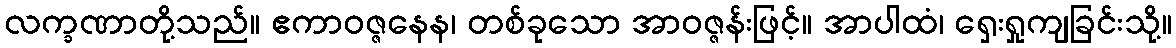
လက္ခဏာတို့သည်။ ဧကာဝဇ္ဇနေန၊ တစ်ခုသော အာဝဇ္ဇန်းဖြင့်။ အာပါထံ၊ ရှေးရှုကျခြင်းသို့။